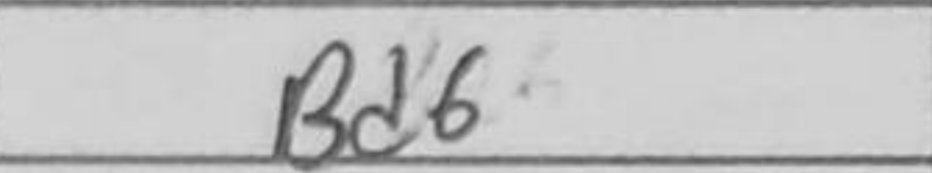
Transcription: Bd6